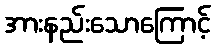
အားနည်းသောကြောင့်